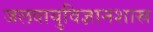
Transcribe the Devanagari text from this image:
जलवायुविज्ञानशास्र